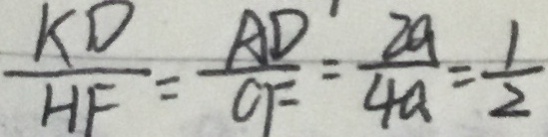
\frac { K D } { H F } = \frac { A D } { C F } = \frac { 2 a } { 4 a } = \frac { 1 } { 2 }